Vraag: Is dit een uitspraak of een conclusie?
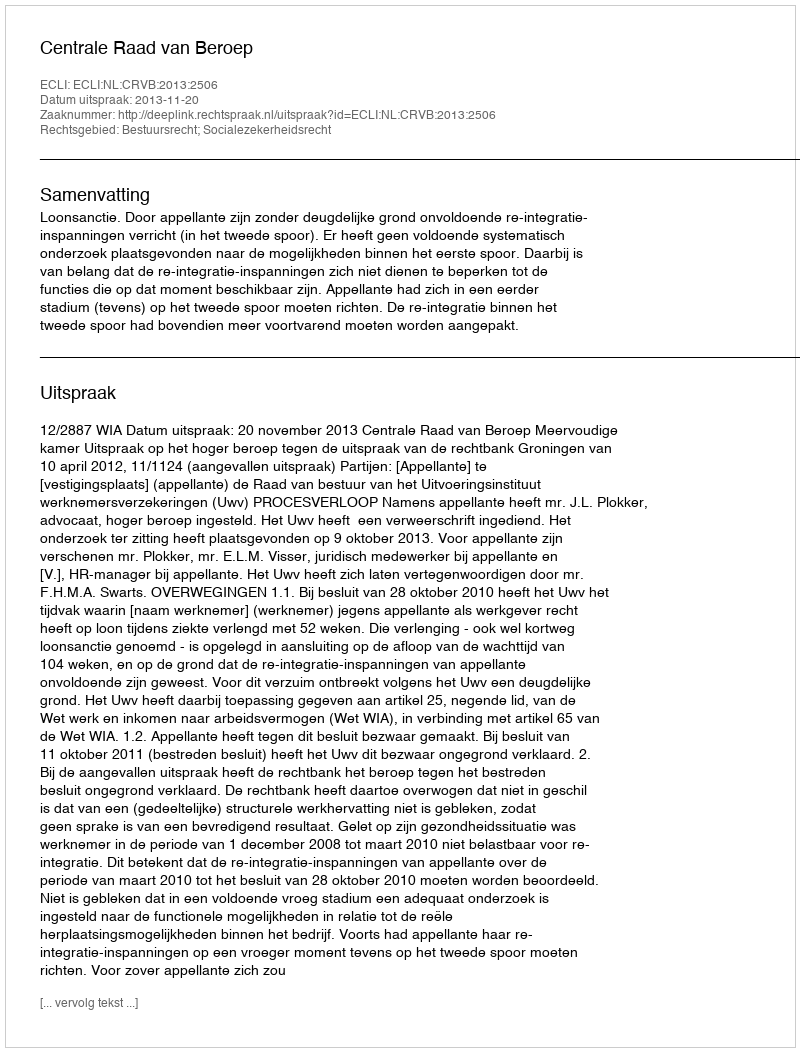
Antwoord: Uitspraak